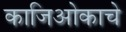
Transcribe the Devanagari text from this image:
काजिओकाचे